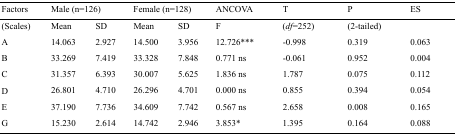
<table><thead><tr><td><b>Factors</b></td><td colspan="2"><b>Male (n=126)</b></td><td colspan="2"><b>Female (n=128)</b></td><td><b>ANCOVA</b></td><td><b>T</b></td><td><b>P</b></td><td><b>ES</b></td></tr></thead><tbody><tr><td>(Scales)</td><td>Mean</td><td>SD</td><td>Mean</td><td>SD</td><td>F</td><td>(<i>df</i>=252)</td><td>(2-tailed)</td><td></td></tr><tr><td>A</td><td>14.063</td><td>2.927</td><td>14.500</td><td>3.956</td><td>12.726***</td><td>-0.998</td><td>0.319</td><td>0.063</td></tr><tr><td>B</td><td>33.269</td><td>7.419</td><td>33.328</td><td>7.848</td><td>0.771 ns</td><td>-0.061</td><td>0.952</td><td>0.004</td></tr><tr><td>C</td><td>31.357</td><td>6.393</td><td>30.007</td><td>5.625</td><td>1.836 ns</td><td>1.787</td><td>0.075</td><td>0.112</td></tr><tr><td>D</td><td>26.801</td><td>4.710</td><td>26.296</td><td>4.701</td><td>0.000 ns</td><td>0.855</td><td>0.394</td><td>0.054</td></tr><tr><td>E</td><td>37.190</td><td>7.736</td><td>34.609</td><td>7.742</td><td>0.567 ns</td><td>2.658</td><td>0.008</td><td>0.165</td></tr><tr><td>G</td><td>15.230</td><td>2.614</td><td>14.742</td><td>2.946</td><td>3.853*</td><td>1.395</td><td>0.164</td><td>0.088</td></tr></tbody></table>